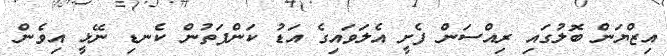
އިޒްޔަން ބޮލުގައި ރިއްސަން ފެށީ އެލަވައިގެ އަޑު ކަންފަތުން ކެނޑި ނޭޅީ އިވެން